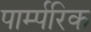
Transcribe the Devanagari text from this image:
पार्म्परिक